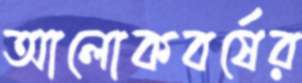
আলোকবর্ষের